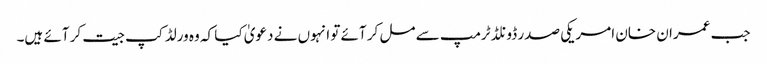
جب عمران خان امریکی صدر ڈونلڈ ٹرمپ سے مل کر آئے تو انہوں نے دعویٰ کیا کہ وہ ورلڈ کپ جیت کر آئے ہیں۔